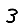
Digit: 3